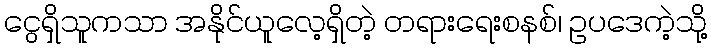
ငွေရှိသူကသာ အနိုင်ယူလေ့ရှိတဲ့ တရားရေးစနစ်၊ ဥပဒေကဲ့သို့